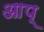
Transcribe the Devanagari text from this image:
आप्